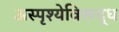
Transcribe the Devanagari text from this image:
अस्पृश्येविरूद्ध